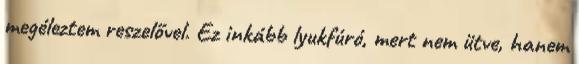
megéleztem reszelővel. Ez inkább lyukfúró, mert nem ütve, hanem